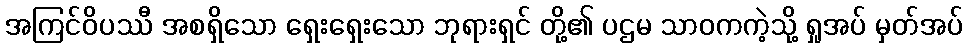
အကြင်ဝိပဿီ အစရှိသော ရှေးရှေးသော ဘုရားရှင် တို့၏ ပဌမ သာဝကကဲ့သို့ ရှုအပ် မှတ်အပ်